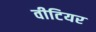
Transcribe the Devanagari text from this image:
वीटियर